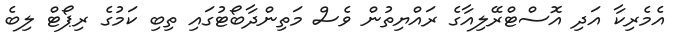
އެމެރިކާ އަދި އޮސްޓްރޭލިއާގެ ރައްޔިތުން ވެސް މަތިންދާބޯޓުގައި ތިބި ކަމުގެ ރިޕޯޓް ލިބެ